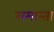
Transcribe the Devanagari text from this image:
समान्ता